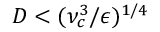
D < ( \nu _ { c } ^ { 3 } / \epsilon ) ^ { 1 / 4 }